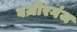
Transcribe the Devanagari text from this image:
वज़ीरगंज